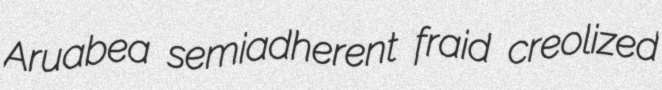
Aruabea semiadherent fraid creolized